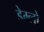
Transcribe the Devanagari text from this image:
डेम्लो